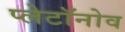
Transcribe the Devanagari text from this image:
प्लेटॉनोव